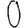
Digit: 0